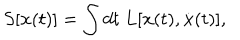
LaTeX: S [ \mathbf { x } ( t ) ] = \int d t ~ L [ \mathbf { x } ( t ) , \dot { \mathbf { x } } ( t ) ] ,